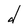
Character: d